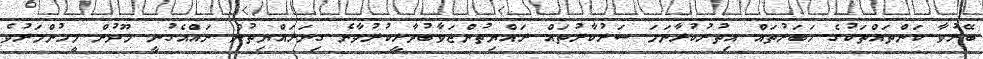
ބޭރުވާ ކަންތައްތަކުގެ ހަބަރުތައް އިތުރުކުރާނަމަ ސަރުކާރުތައް ރައްޔިތުންޖަވާބުދާރީކުރުވާނެ ގިނަރައްޔިތުން ނައްއެގުނީ މޫދުން މީހުންމަރުވެ